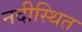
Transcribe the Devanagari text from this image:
नदीस्थित